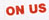
ON US